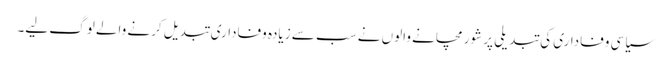
سیاسی وفاداری کی تبدیلی پر شور مچانے والوں نے سب سے زیادہ وفاداری تبدیل کرنے والے لوگ لیے۔